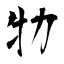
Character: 牞